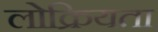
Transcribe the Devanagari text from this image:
लोक्रियता